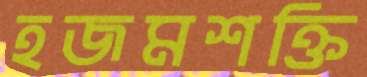
হজমশক্তি